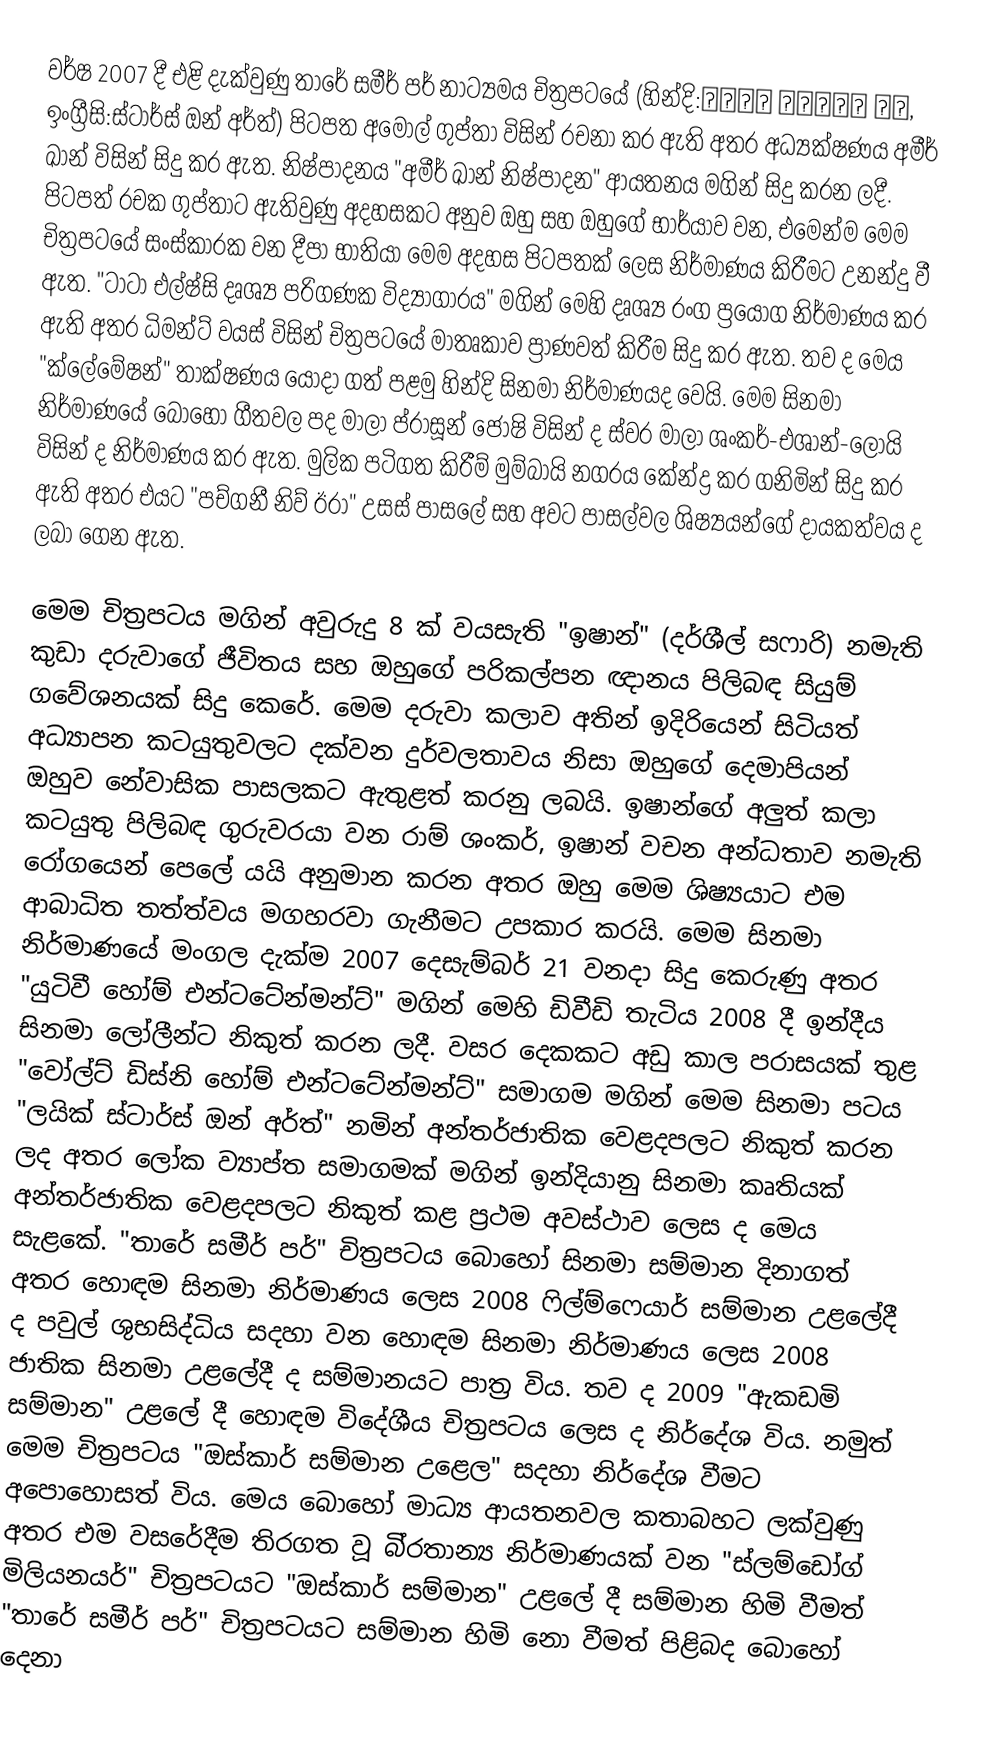
වර්ෂ 2007 දී එළි දැක්වුණු තාරේ සමීර් පර් නාට්‍යමය චිත්‍රපටයේ (හින්දි:तारे ज़मीन पर, ඉංග්‍රීසි:ස්ටාර්ස් ඔන් අර්ත්) පිටපත අමෝල් ගුප්තා විසින් රචනා කර ඇති අතර අධ්‍යක්ෂණය අමීර් ඛාන් විසින් සිදු කර ඇත. නිෂ්පාදනය "අමීර් ඛාන් නිෂ්පාදන" ආයතනය මගින් සිදු කරන ලදී. පිටපත් රචක ගුප්තාට ඇතිවුණු අදහසකට අනුව ඔහු සහ ඔහුගේ භාර්යාව වන, එමෙන්ම මෙම චිත්‍රපටයේ සංස්කාරක වන දීපා භාතියා මෙම අදහස පිටපතක් ලෙස නිර්මාණය කිරීමට උනන්දු වී ඇත. "ටාටා එල්ෂ්සි දෘශ්‍ය පරිගණක විද්‍යාගාරය" මගින් මෙහි දෘශ්‍ය රංග ප්‍රයෝග නිර්මාණය කර ඇති අතර ධිමන්ට් වයස් විසින් චිත්‍රපටයේ මාතෘකාව ප්‍රාණවත් කිරීම සිදු කර ඇත. තව ද මෙය "ක්ලේමේෂන්" තාක්ෂණය යොදා ගත් පළමු හින්දි සිනමා නිර්මාණයද වෙයි. මෙම සිනමා නිර්මාණයේ බොහෝ ගීතවල පද මාලා ප්රාසූන් ජෝෂි විසින් ද ස්වර මාලා ශංකර්-එශාන්-ලොයි විසින් ද නිර්මාණය කර ඇත. මුලික පටිගත කිරීම් මුම්බායි නගරය කේන්ද්‍ර කර ගනිමින් සිදු කර ඇති අතර එයට "පච්ගනී නිව් ඊරා" උසස් පාසලේ සහ අවට පාසල්වල ශිෂ්‍යයන්ගේ දායකත්වය ද ලබා ගෙන ඇත.

මෙම චිත්‍රපටය මගින් අවුරුදු 8 ක් වයසැති "ඉෂාන්" (දර්ශීල් සෆාරි) නමැති කුඩා දරුවාගේ ජීවිතය සහ ඔහුගේ පරිකල්පන ඥානය පිලිබඳ සියුම් ගවේශනයක් සිදු කෙරේ. මෙම දරුවා කලාව අතින් ඉදිරියෙන් සිටියත් අධ්‍යාපන කටයුතුවලට දක්වන දුර්වලතාවය නිසා ඔහුගේ දෙමාපියන් ඔහුව නේවාසික පාසලකට ඇතුළත් කරනු ලබයි. ඉෂාන්ගේ අලුත් කලා කටයුතු පිලිබඳ ගුරුවරයා වන රාම් ශංකර්, ඉෂාන් වචන අන්ධතාව නමැති රෝගයෙන් පෙලේ යයි අනුමාන කරන අතර ඔහු මෙම ශිෂ්‍යයාට එම ආබාධිත තත්ත්වය මගහරවා ගැනීමට උපකාර කරයි. මෙම සිනමා නිර්මාණයේ මංගල දැක්ම 2007 දෙසැම්බර් 21 වනදා සිදු කෙරුණු අතර "යුටිවී හෝම් එන්ටටේන්මන්ට්" මගින් මෙහි ඩිවීඩි තැටිය 2008 දී ඉන්දීය සිනමා ලෝලීන්ට නිකුත් කරන ලදී. වසර දෙකකට අඩු කාල පරාසයක් තුළ "වෝල්ට් ඩිස්නි හෝම් එන්ටටේන්මන්ට්" සමාගම මගින් මෙම සිනමා පටය "ලයික් ස්ටාර්ස් ඔන් අර්ත්" නමින් අන්තර්ජාතික වෙළදපලට නිකුත් කරන ලද අතර ලෝක ව්‍යාප්ත සමාගමක් මගින් ඉන්දියානු සිනමා කෘතියක් අන්තර්ජාතික වෙළදපලට නිකුත් කළ ප්‍රථම අවස්ථාව ලෙස ද මෙය සැළකේ. "තාරේ සමීර් පර්" චිත්‍රපටය බොහෝ සිනමා සම්මාන දිනාගත් අතර හොඳම සිනමා නිර්මාණය ලෙස 2008 ෆිල්ම්ෆෙයාර් සම්මාන උළලේදී ද පවුල් ශුභසිද්ධිය සදහා වන හොඳම සිනමා නිර්මාණය ලෙස 2008 ජාතික සිනමා උළලේදී ද සම්මානයට පාත්‍ර විය. තව ද 2009 "ඇකඩමි සම්මාන" උළලේ දී හොඳම විදේශීය චිත්‍රපටය ලෙස ද නිර්දේශ විය. නමුත් මෙම චිත්‍රපටය "ඔස්කාර් සම්මාන උළෙල" සදහා නිර්දේශ වීමට අපොහොසත් විය. මෙය බොහෝ මාධ්‍ය ආයතනවල කතාබහට ලක්වුණු අතර එම වසරේදීම තිරගත වූ බි‍්‍රතාන්‍ය නිර්මාණයක් වන "ස්ලම්ඩෝග් මිලියනයර්" චිත්‍රපටයට "ඔස්කාර් සම්මාන" උළලේ දී සම්මාන හිමි වීමත් "තාරේ සමීර් පර්" චිත්‍රපටයට සම්මාන හිමි නො වීමත් පිළිබද බොහෝ දෙනා